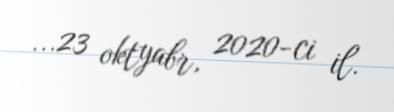
...23 oktyabr, 2020-ci il.